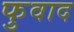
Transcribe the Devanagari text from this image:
फुवाद